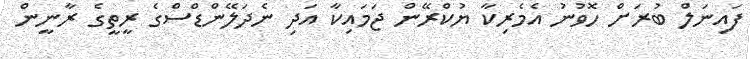
ފައިނަލް ބުރަށް ހޮވުނު އެމެރިކާ ޔުކްރޭން ޖަމައިކާ އަދި ނެދަލޭންޑްސްގެ ރީތީގެ ރާނީން